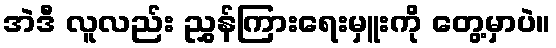
အဲဒီ လူလည်း ညွှန်ကြားရေးမှူးကို တွေ့မှာပဲ။